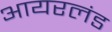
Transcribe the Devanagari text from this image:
आयरलंड